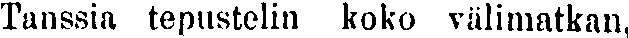
Tanssia tepustelin koko välimatkan,